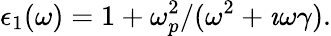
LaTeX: \epsilon_{1}(\omega)=1+\omega_{p}^{2}/(\omega^{2}+\imath\omega\gamma).